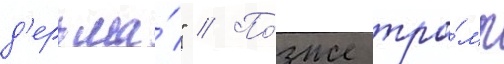
д'ерьма́" // По́зже тра́мп